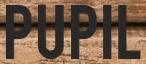
PUPIL